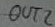
Text: OUT2